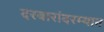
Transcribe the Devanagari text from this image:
दरबारांदरम्यान